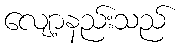
လျော့နည်းသည်